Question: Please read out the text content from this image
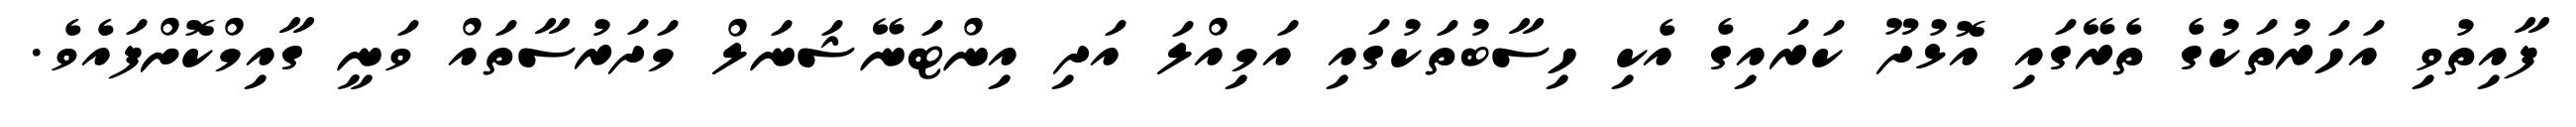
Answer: ފާއިތުވި އަހަރުތަކުގެ ތެރޭގައި އޮޅުދޫ ކަރައިގެ އެކި ހިސާބުތަކުގައި އަމިއްލަ އަދި އިންޓަނޭޝަނަލް މަދަރުސާތައް ވަނީ ގާއިމްކޮށްފައެވެ.